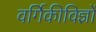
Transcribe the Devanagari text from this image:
वर्गिकीविज्ञों